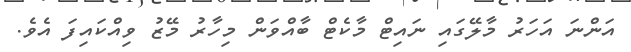
އަންނަ އަހަރު މާލޭގައި ނައިޓް މާކެޓް ބާއްވަން މިހާރު މޭޒު ވިއްކައިފަ އެވެ.